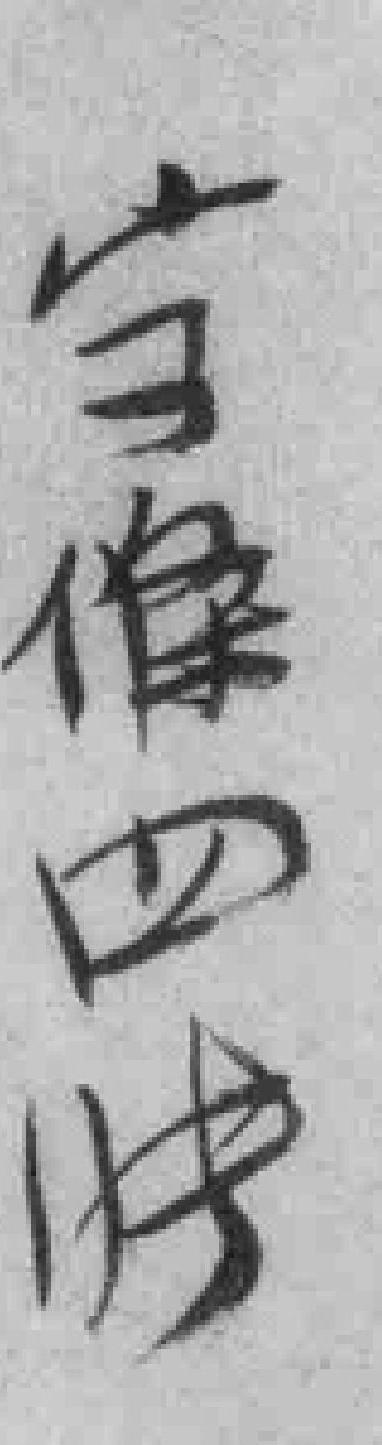
字條四张